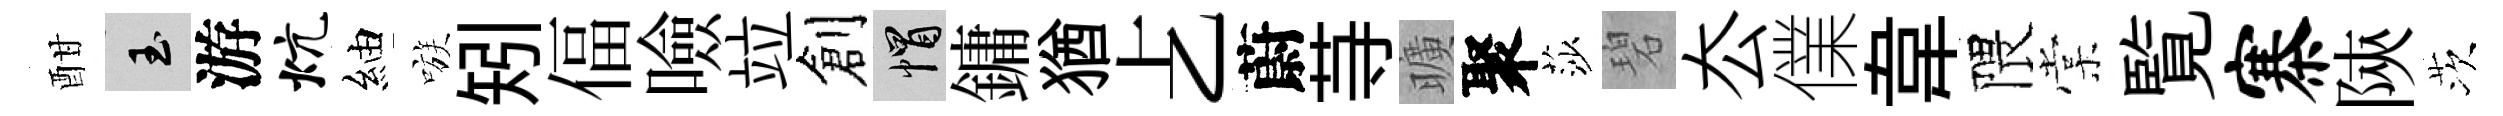
酣玉游炕紬嗾矧偪噞竝創帽鏞猶𠧒蔚䒭曠聚莎碧厺㒒韋隈棠覧寨陝茨